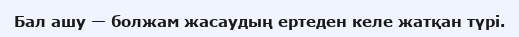
Бал ашу — болжам жасаудың ертеден келе жатқан түрі.